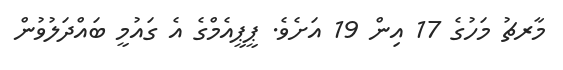
މާރޗު މަހުގެ 17 އިން 19 އަށެވެ. ޕީޕީއެމްގެ އެ ގައުމީ ބައްދަލުވުން